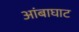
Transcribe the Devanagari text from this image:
आंबाघाट